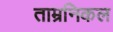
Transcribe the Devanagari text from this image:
ताम्रनिकल